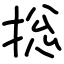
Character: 捴